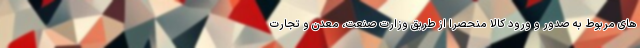
های مربوط به صدور و ورود کالا منحصراً از طریق وزارت صنعت، معدن و تجارت